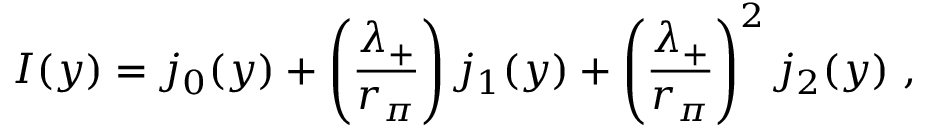
I ( y ) = j _ { 0 } ( y ) + \left( \frac { \lambda _ { + } } { r _ { \pi } } \right) j _ { 1 } ( y ) + \left( \frac { \lambda _ { + } } { r _ { \pi } } \right) ^ { 2 } j _ { 2 } ( y ) \ ,